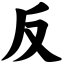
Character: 反